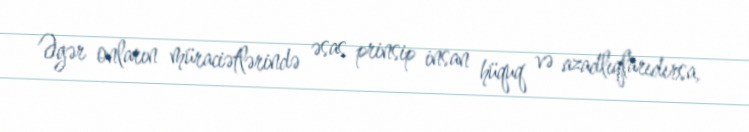
Əgər onların müraciətlərində əsas prinsip insan hüquq və azadlıqlarıdırsa,